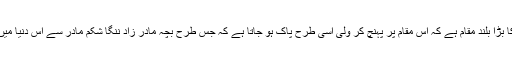
ولایت کا بڑا بلند مقام ہے کہ اس مقام پر پہنچ کر ولی اسی طرح پاک ہو جاتا ہے کہ جس طرح بچہ مادر زاد ننگا شکم مادر سے اس دنیا میں آتا ہے۔